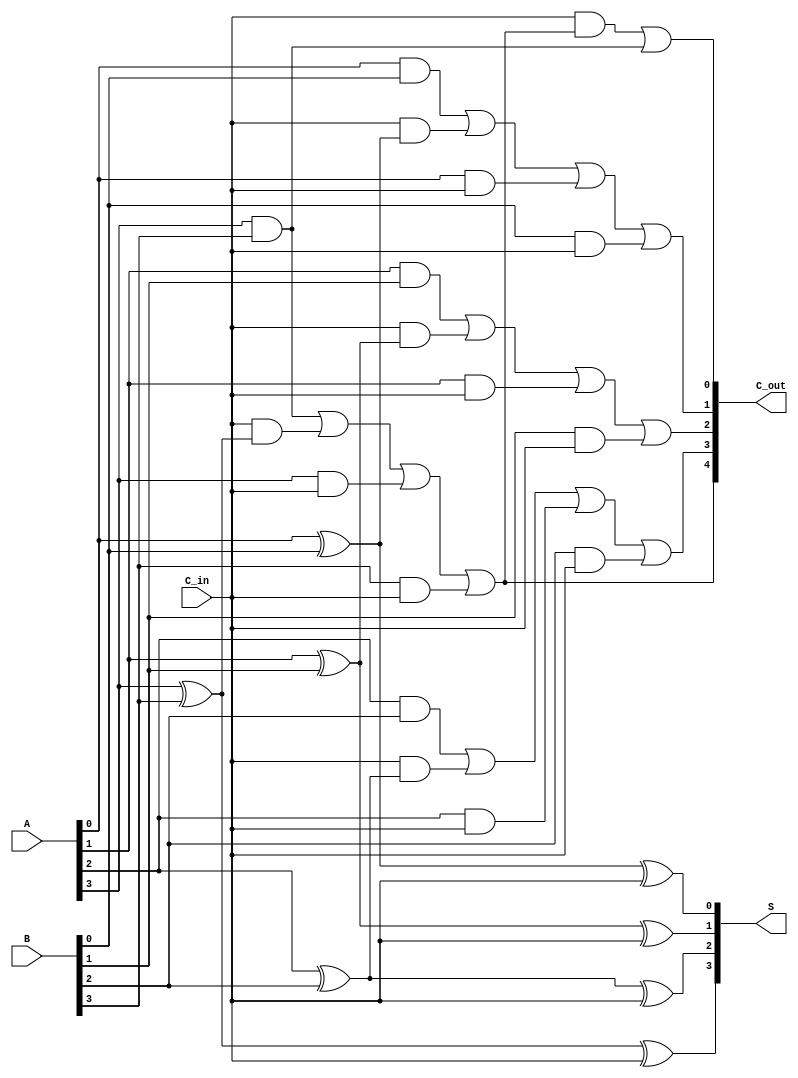
module CarrySaveAdder #(parameter n = 4) (
    input  wire [n-1:0] A,      // First n-bit input
    input  wire [n-1:0] B,      // Second n-bit input
    input  wire C_in,           // Carry input (1-bit)
    output wire [n-1:0] S,      // Sum output
    output wire [n:0] C_out      // Carry output (n+1 bits)
);

// Intermediate carry outputs
wire [n-1:0] carry;

genvar i;
generate
    for (i = 0; i < n; i = i + 1) begin : CSA_Bit
        // Sum calculation using XOR
        assign S[i] = A[i] ^ B[i] ^ C_in;

        // Carry calculation
        assign carry[i] = (A[i] & B[i]) | (C_in & (A[i] ^ B[i])) | (A[i] & C_in) | (B[i] & C_in);
    end
endgenerate

// Final carry output
assign C_out = {carry[n-1], carry[n-2], carry[n-3], carry[n-4], (C_in & carry[n-1]) | (A[n-1] & B[n-1])};

// Extra bit for carry out due to the last bit carry
assign C_out[n] = carry[n-1];

endmodule